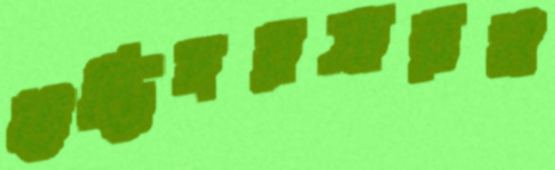
উদ্ভিদরসায়ন